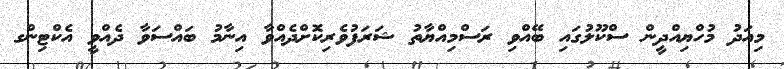
މިއަދު މުހްޔިއްދީން ސްކޫލުގައި ބޭއްވި ރަސްމިއްޔާތު ޝަރަފުވެރިކޮށްދެއްވާ އިނާމު ބައްސަވާ ދެއްވީ އެކްޓިންގ